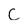
Character: c